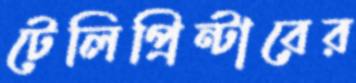
টেলিপ্রিন্টারের